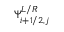
\Psi _ { i + 1 / 2 , j } ^ { L / R }